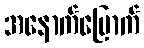
အနောက်မြောက်